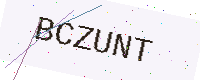
Text: BCZUNT